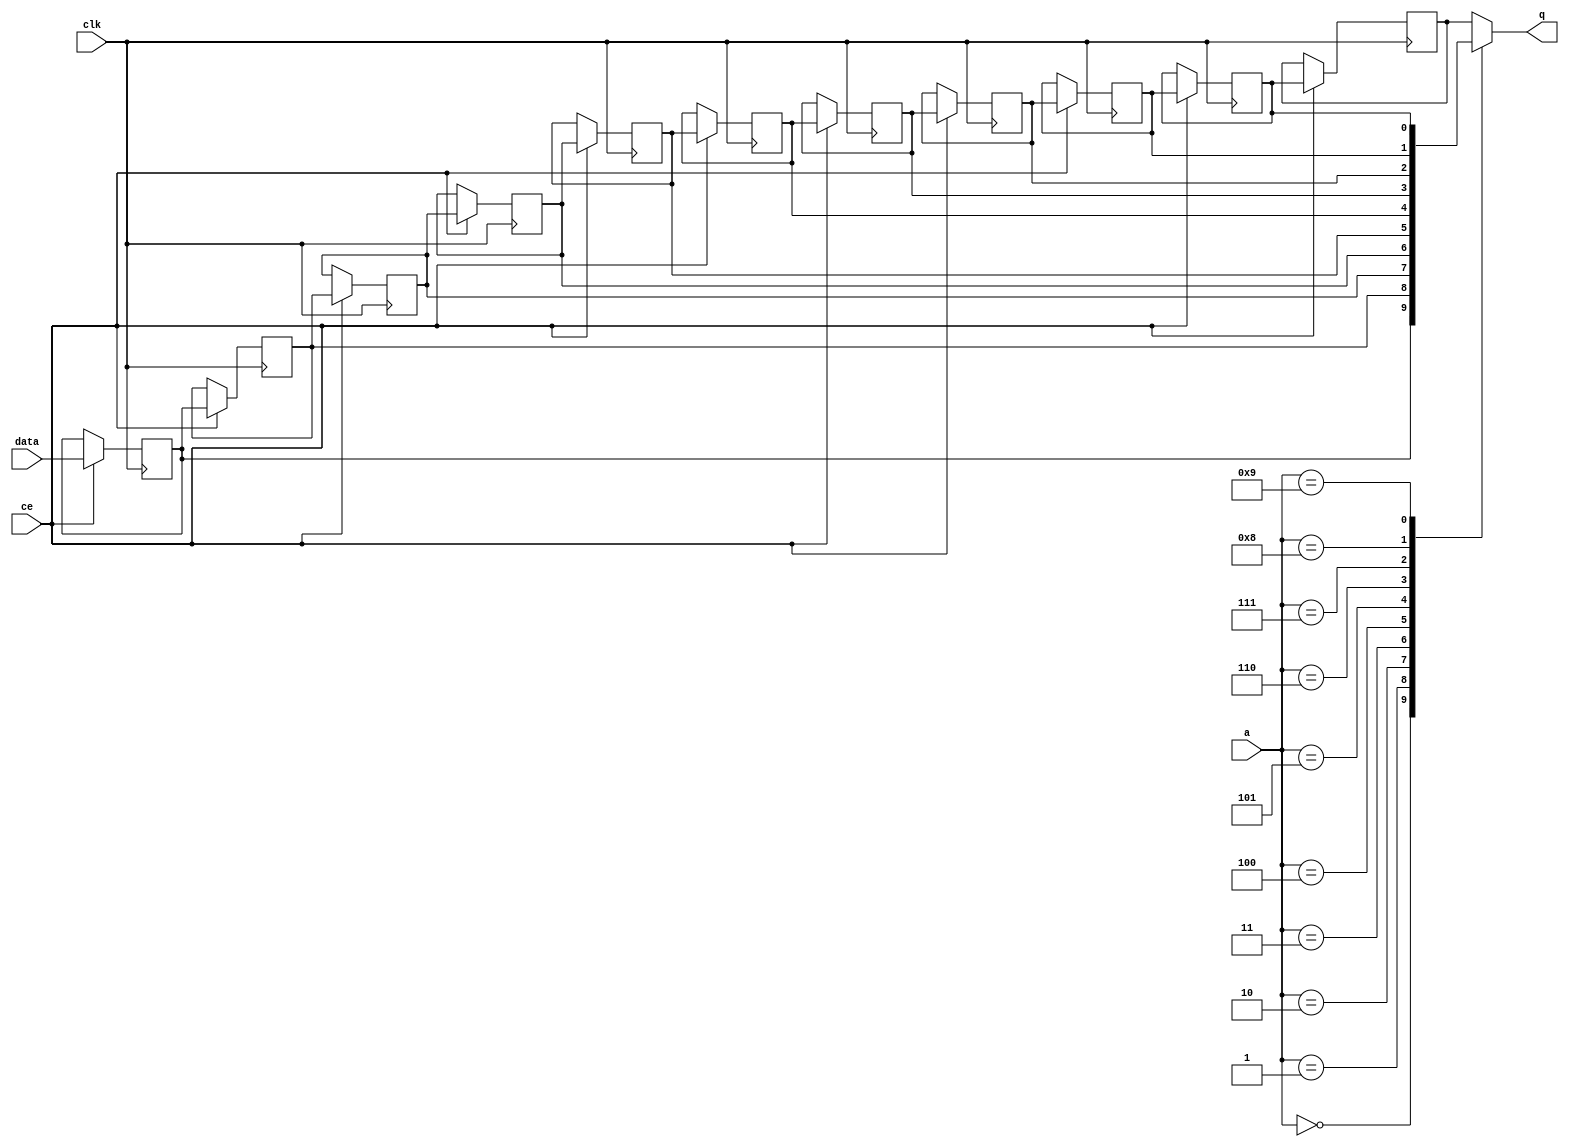
module td_fused_top_fifo_w1_d11_S_shiftReg (
    clk,
    data,
    ce,
    a,
    q);

parameter DATA_WIDTH = 32'd1;
parameter ADDR_WIDTH = 32'd4;
parameter DEPTH = 5'd11;

input clk;
input [DATA_WIDTH-1:0] data;
input ce;
input [ADDR_WIDTH-1:0] a;
output [DATA_WIDTH-1:0] q;

reg[DATA_WIDTH-1:0] sr_0, sr_1, sr_2, sr_3, sr_4, sr_5, sr_6, sr_7, sr_8, sr_9, sr_10;
integer i;

always @ (posedge clk)
    begin
        if (ce)
        begin
            sr_0 <= data;
            sr_1 <= sr_0;
            sr_2 <= sr_1;
            sr_3 <= sr_2;
            sr_4 <= sr_3;
            sr_5 <= sr_4;
            sr_6 <= sr_5;
            sr_7 <= sr_6;
            sr_8 <= sr_7;
            sr_9 <= sr_8;
            sr_10 <= sr_9;


        end
    end

always @( sr_0, sr_1, sr_2, sr_3, sr_4, sr_5, sr_6, sr_7, sr_8, sr_9, sr_10, a) begin
   case (a)
      4'd0: q = sr_0;
      4'd1: q = sr_1;
      4'd2: q = sr_2;
      4'd3: q = sr_3;
      4'd4: q = sr_4;
      4'd5: q = sr_5;
      4'd6: q = sr_6;
      4'd7: q = sr_7;
      4'd8: q = sr_8;
      4'd9: q = sr_9;
      4'd10: q = sr_10;
      default: q = sr_10;
   endcase
end

endmodule